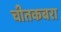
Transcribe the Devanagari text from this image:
चीतकबरा